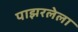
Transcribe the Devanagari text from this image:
पाझरलेला